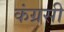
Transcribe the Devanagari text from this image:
कंग्रसी